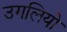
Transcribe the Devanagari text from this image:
उगलियो